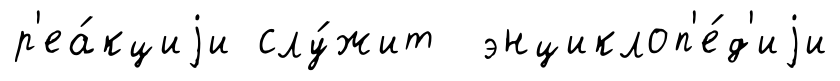
р'еа́кциjи слу́жит энциклоп'е́д'иjи